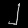
Digit: ၂